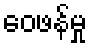
ဝေဖန်မှု